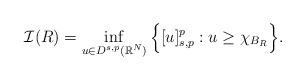
LaTeX: \begin{align*}\mathcal{I}(R)=\inf_{u\in D^{s,p}(\mathbb{R}^N)}\Big\{[u]_{s, p}^p: u\geq \chi_{B_R}\Big\}.\end{align*}